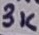
Text: 3K